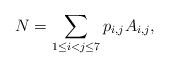
LaTeX: \begin{align*}N=\sum_{1\leq i<j\leq 7} p_{i,j} A_{i,j},\end{align*}